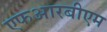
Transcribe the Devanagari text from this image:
एफआरबीएम